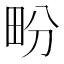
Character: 𤰪